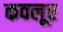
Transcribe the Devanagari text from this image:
कवलूर